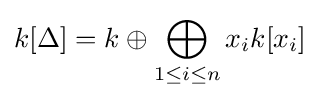
k[\Delta ]=k\oplus \bigoplus _{1\leq i\leq n}x_{i}k[x_{i}]